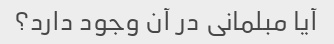
آیا مبلمانی در آن وجود دارد؟